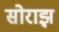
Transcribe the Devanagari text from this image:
सोराझ़